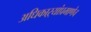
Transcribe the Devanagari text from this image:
अधिकाऱ्यांप्रमाणेच